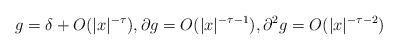
LaTeX: \begin{align*}g=\delta+O(|x|^{-\tau}),\partial g=O(|x|^{-\tau-1}),\partial^2 g=O(|x|^{-\tau-2})\end{align*}